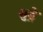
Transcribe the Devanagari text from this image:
सुड्रे